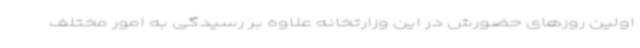
اولین روزهای حضورش در این وزارتخانه علاوه بر رسیدگی به امور مختلف